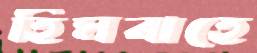
হিমবাহে